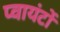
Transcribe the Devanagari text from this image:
प्वायंटों